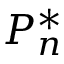
P _ { n } ^ { \ast }